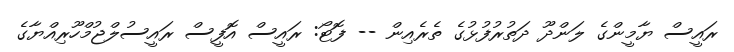
ރައީސް ޔާމީންގެ ލަންދޫ ދަތުރުފުޅުގެ ތެރެއިން -- ފޮޓޯ: ރައީސް އޮފީސް ރައީސުލްޖުމްހޫރިއްޔާގެ